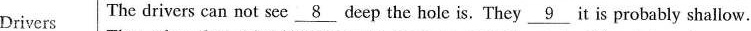
Drivers The drivers can not see \underline8 deep the hole is. They \underline9 it is probably shallow.